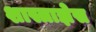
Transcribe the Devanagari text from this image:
शास्त्राज्ञेस